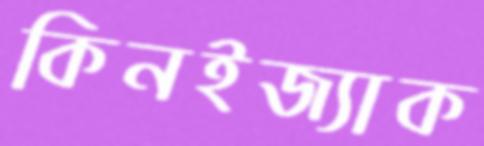
কিনইজ্যাক